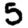
Digit: 5